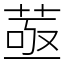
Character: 䓧